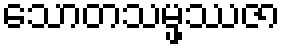
သောတသမ္ဖဿဇာ